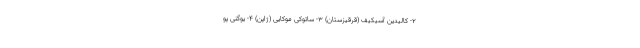
۲- کالیدین آسیکیف (قرقیزستان) ۳- ساتوکی موکایی (ژاپن) ۴- یوگنی پو